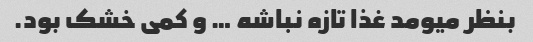
بنظر میومد غذا تازه نباشه … و کمی خشک بود.